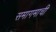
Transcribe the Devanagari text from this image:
समागमाची